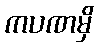
ကပဏမှိ